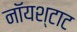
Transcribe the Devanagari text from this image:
नॉयश्टाट